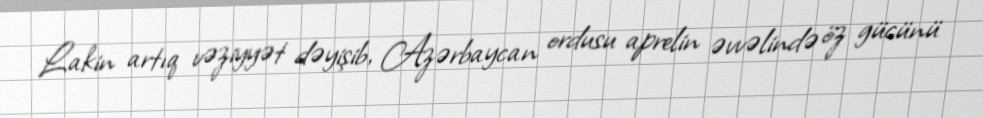
Lakin artıq vəziyyət dəyişib, Azərbaycan ordusu aprelin əvvəlində öz gücünü